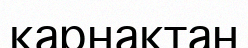
қарнақтан